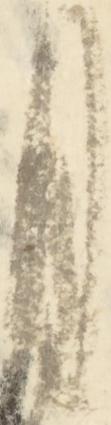
月